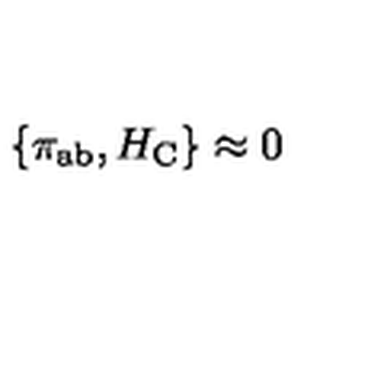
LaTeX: \left\{ \pi _ { \mathrm { a b } } , H _ { \mathrm { C } } \right\} \approx 0